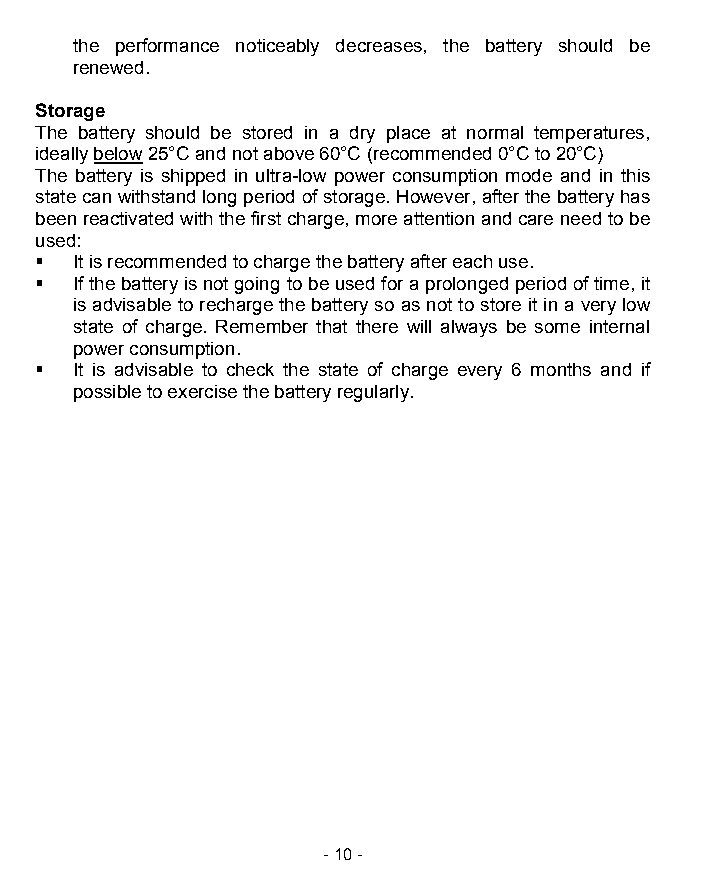
the performance noticeably decreases, the battery should be
 renewed.
 Storage
 The battery should be stored in a dry place at normal temperatures,
 ideally below 25°C and not above 60°C (recommended 0°C to 20°C)
 The battery is shipped in ultra-low power consumption mode and in this
 state can withstand long period of storage. However, after the battery has
 been reactivated with the first charge, more attention and care need to be
 used:
   It is recommended to charge the battery after each use.
   If the battery is not going to be used for a prolonged period of time, it
 is advisable to recharge the battery so as not to store it in a very low
 state of charge. Remember that there will always be some internal
 power consumption.
   It is advisable to check the state of charge every 6 months and if
 possible to exercise the battery regularly.
 - 10 -